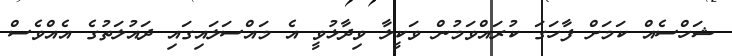
ޝަހްސެއް ކަމަށް ފާހަގަ ކުރައްވަމުން ވަކީލާ ވިދާޅުވީ އެ މައްސަލައިގައި ދައުލަތުގެ އެއްވެސް